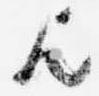
歟